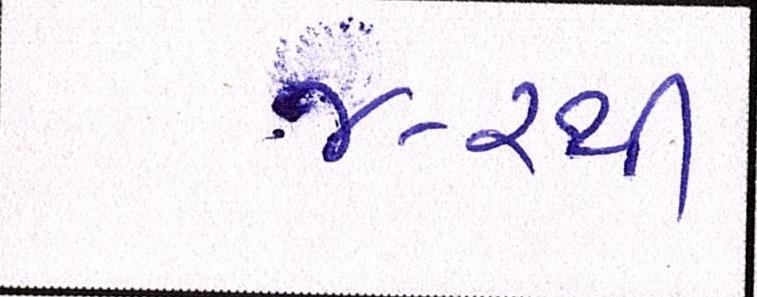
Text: ૪-૨થી